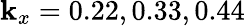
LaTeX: \mathbf{k}_{x}=0.22,0.33,0.44